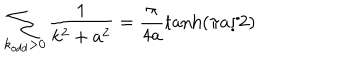
\sum _ { k _ { o d d } > 0 } \frac { 1 } { k ^ { 2 } + a ^ { 2 } } = \frac { \pi } { 4 a } \tanh ( \pi a / 2 )